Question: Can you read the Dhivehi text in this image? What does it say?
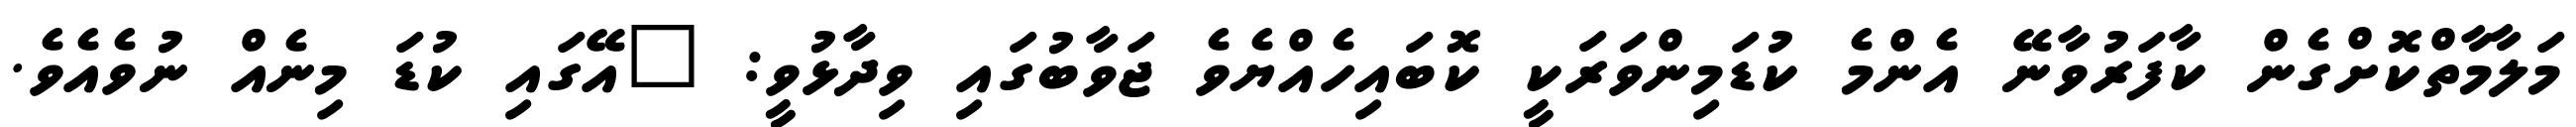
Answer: މަލާމާތްކޮށްގެން ކާފަރުވާނޭ އެންމެ ކުޑަމިންވަރަކީ ކޮބައިހެއްޔެވެ ޖަވާބުގައި ވިދާޅުވީ: "އޭގައި ކުޑަ މިނެއް ނުވެއެވެ.